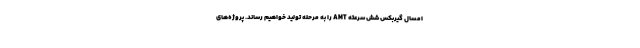
امسال گیربکس شش سرعته AMT را به مرحله تولید خواهیم رساند. پروژه‌های